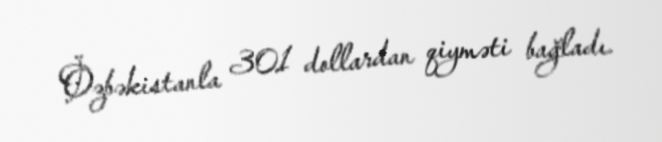
Özbəkistanla 301 dollardan qiyməti bağladı.